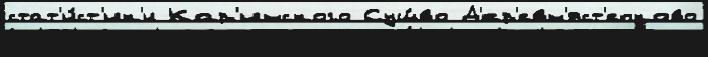
стат'и́ст'ик'и Кар'инского Сущ́во Д'ер'евн'яст'епково